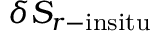
\delta S _ { r - \mathrm { { i n s i t u } } }